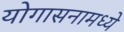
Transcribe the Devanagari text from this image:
योगासनामध्ये